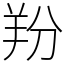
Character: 羒